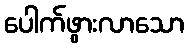
ပေါက်ဖွားလာသော